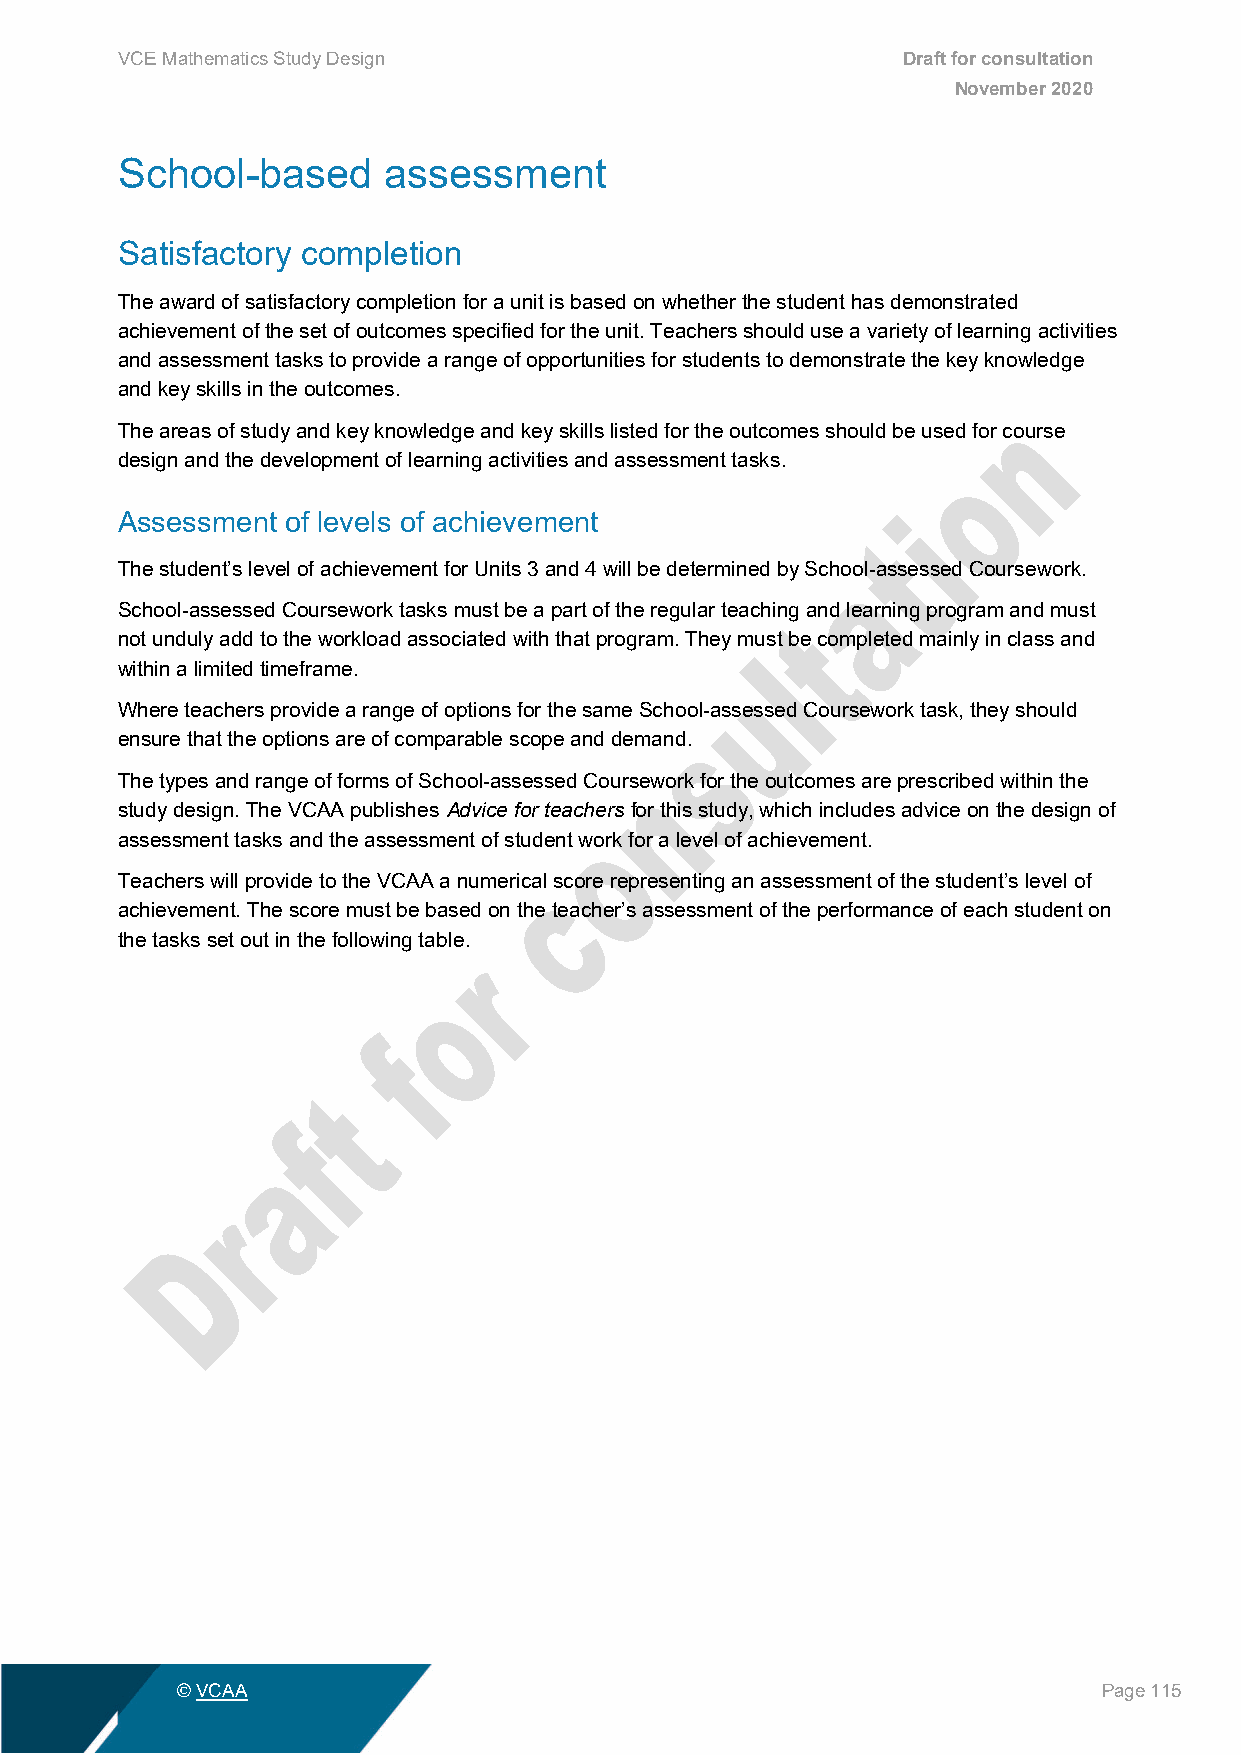
VCE Mathematics Study Design                        Draft for consultation
 November 2020
 School-based     assessment
 Satisfactory completion
 The award of satisfactory completion for a unit is based on whether the student has demonstrated
 achievement of the set of outcomes specified for the unit. Teachers should use a variety of learning activities
 and assessment tasks to provide a range of opportunities for students to demonstrate the key knowledge
 and key skills in the outcomes.
 The areas of study and key knowledge and key skills listed for the outcomes should be used for course
 design and the development of learning activities and assessment tasks.
 Assessment of levels of achievement
 The student’s level of achievement for Units 3 and 4 will be determined by School-assessed Coursework.
 School-assessed Coursework tasks must be a part of the regular teaching and learning program and must
 not unduly add to the workload associated with that program. They must be completed mainly in class and
 within a limited timeframe.
 Where teachers provide a range of options for the same School-assessed Coursework task, they should
 ensure that the options are of comparable scope and demand.
 The types and range of forms of School-assessed Coursework for the outcomes are prescribed within the
 study design. The VCAA publishes Advice for teachers for this study, which includes advice on the design of
 assessment tasks and the assessment of student work for a level of achievement.
 Teachers will provide to the VCAA a numerical score representing an assessment of the student’s level of
 achievement. The score must be based on the teacher’s assessment of the performance of each student on
 the tasks set out in the following table.
 © VCAA                                                       Page 115